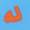
له